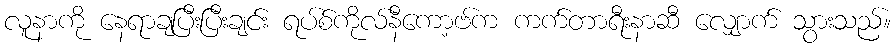
လူနာကို နေရာချပြီးပြီးချင်း ရပ်စ်ကိုလ်နီကော့ဗ်က ကက်တာရီးနာဆီ လျှောက် သွားသည်။